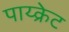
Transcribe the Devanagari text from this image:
पाय्क्रेट